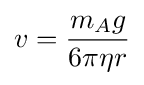
v={\frac {m_{A}g}{6\pi \eta r}}